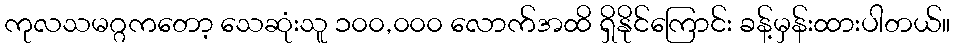
ကုလသမဂ္ဂကတော့ သေဆုံးသူ ၁၀၀,၀၀၀ လောက်အထိ ရှိနိုင်ကြောင်း ခန့်မှန်းထားပါတယ်။